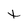
Character: t